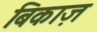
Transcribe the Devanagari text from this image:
बिकाज़